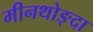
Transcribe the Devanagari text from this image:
मीनथोङ्दा